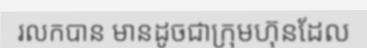
រលកបាន មានដូចជាក្រុមហ៊ុនដែល